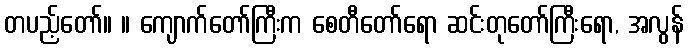
တပည့်တော်။ ။ ကျောက်တော်ကြီးက စေတီတော်ရော ဆင်းတုတော်ကြီးရော, အလွန်